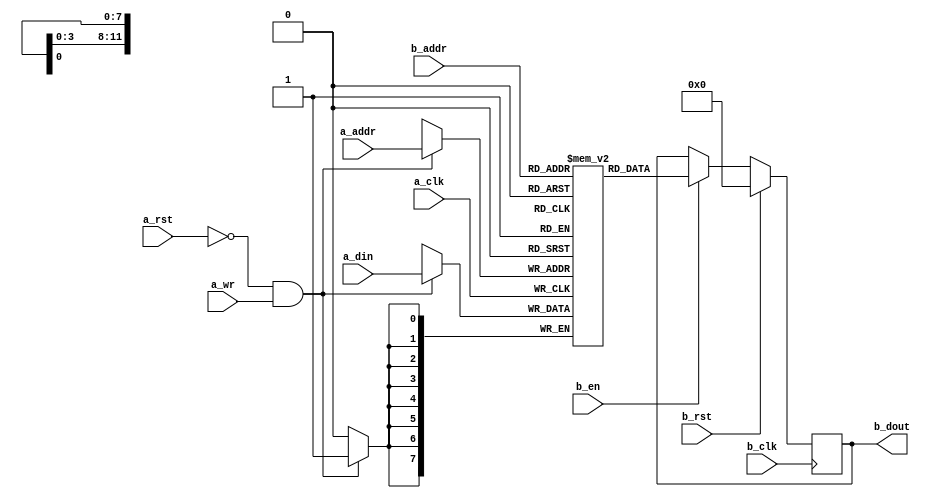
`timescale 1ps / 1ps

module eth_mac_bram_tdp #(
    parameter DATA_WIDTH = 8,
    parameter ADDR_WIDTH = 12
) (
    // Port A
    input   wire                      a_clk,
    input   wire                      a_rst,
    input   wire                      a_wr,
    input   wire    [ADDR_WIDTH-1:0]  a_addr,
    input   wire    [DATA_WIDTH-1:0]  a_din,

    // Port B
    input   wire                      b_clk,
    input   wire                      b_en,
    input   wire                      b_rst,
    input   wire    [ADDR_WIDTH-1:0]  b_addr,
    output  reg     [DATA_WIDTH-1:0]  b_dout
);

// Shared memory
localparam RAM_DEPTH = 2 ** ADDR_WIDTH;
reg [DATA_WIDTH-1:0] mem [RAM_DEPTH-1:0];

// To write use port A
always @(posedge a_clk)
begin
    if(!a_rst && a_wr) begin
        mem[a_addr] <= a_din;
    end
end

// To read use Port B
always @(posedge b_clk)
begin
    if(b_rst)
       b_dout      <= {DATA_WIDTH{1'b0}};
    else if(b_en)
       b_dout      <= mem[b_addr];
end

endmodule